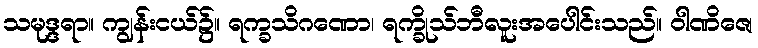
သမုဒ္ဒရာ။ ကျွန်းငယ်၌။ ရက္ခသိဂဏော၊ ရက္ခိုသ်ဘီလူးအပေါင်းသည်။ ဝါဏိဇေ၊